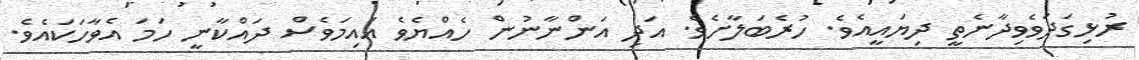
ރުޅިގަދަވެވިދާނެތީ ދިޔައީއެވެ. ހުރެބަލާށެވެ. އަދި އަންނާނުން ހެއްޔެވެ އައިމަވެސް ދައްކާނީ ހަމަ އެވާހަކައެވެ.